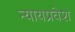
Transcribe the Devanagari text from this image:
न्यायप्रवेश